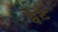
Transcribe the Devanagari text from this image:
ट्वेंटे